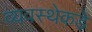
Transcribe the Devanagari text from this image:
व्यवस्थेकडे